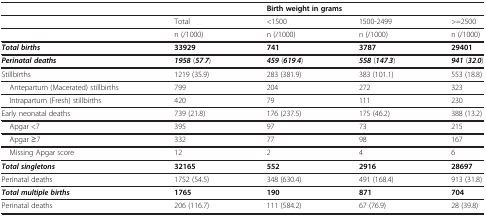
<table><thead><tr><td><b> </b></td><td><b> </b></td><td colspan="3"><b>Birth weight in grams</b></td></tr></thead><tbody><tr><td> </td><td>Total</td><td>&lt;1500</td><td>1500-2499</td><td>&gt;=2500</td></tr><tr><td> </td><td>n (/1000)</td><td>n (/1000)</td><td>n (/1000)</td><td>n (/1000)</td></tr><tr><td><b><i>Total births</i></b></td><td><b>33929</b></td><td><b>741</b></td><td><b>3787</b></td><td><b>29401</b></td></tr><tr><td><b><i>Perinatal deaths</i></b></td><td><b><i>1958</i></b> (<b><i>57</i></b>.<b><i>7</i></b>)</td><td><b><i>459</i></b> (<b><i>619</i></b>.<b><i>4</i></b>)</td><td><b><i>558</i></b> (<b><i>147</i></b>.<b><i>3</i></b>)</td><td><b><i>941</i></b> (<b><i>32</i></b>.<b><i>0</i></b>)</td></tr><tr><td>Stillbirths</td><td>1219 (35.9)</td><td>283 (381.9)</td><td>383 (101.1)</td><td>553 (18.8)</td></tr><tr><td> Antepartum (Macerated) stillbirths</td><td>799</td><td>204</td><td>272</td><td>323</td></tr><tr><td> Intrapartum (Fresh) stillbirths</td><td>420</td><td>79</td><td>111</td><td>230</td></tr><tr><td>Early neonatal deaths</td><td>739 (21.8)</td><td>176 (237.5)</td><td>175 (46.2)</td><td>388 (13.2)</td></tr><tr><td> Apgar &lt;7</td><td>395</td><td>97</td><td>73</td><td>215</td></tr><tr><td> Apgar ≥7</td><td>332</td><td>77</td><td>98</td><td>167</td></tr><tr><td> Missing Apgar score</td><td>12</td><td>2</td><td>4</td><td>6</td></tr><tr><td><b><i>Total singletons</i></b></td><td><b>32165</b></td><td><b>552</b></td><td><b>2916</b></td><td><b>28697</b></td></tr><tr><td>Perinatal deaths</td><td>1752 (54.5)</td><td>348 (630.4)</td><td>491 (168.4)</td><td>913 (31.8)</td></tr><tr><td><b><i>Total multiple births</i></b></td><td><b>1765</b></td><td><b>190</b></td><td><b>871</b></td><td><b>704</b></td></tr><tr><td>Perinatal deaths</td><td>206 (116.7)</td><td>111 (584.2)</td><td>67 (76.9)</td><td>28 (39.8)</td></tr></tbody></table>